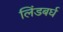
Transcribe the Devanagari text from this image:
लिंडबर्घ